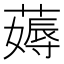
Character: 薅